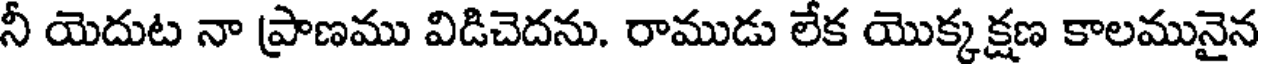
నీ యెదుట నా ప్రాణము విడిచెదను. రాముడు లేక యొక్కక్షణ కాలమునైన